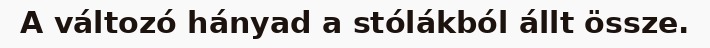
A változó hányad a stólákból állt össze.